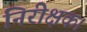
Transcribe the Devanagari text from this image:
निरीक्षक।